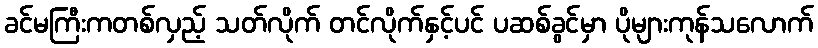
ခင်မကြီးကတစ်လှည့် သတ်လိုက် တင်လိုက်နှင့်ပင် ပဆစ်ခွင်မှာ ပိုများကုန်သလောက်